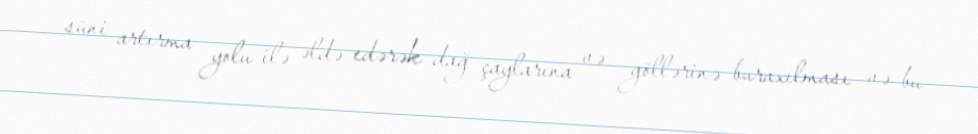
süni artırma yolu ilə əldə edərək dağ çaylarına və göllərinə buraxılması və bu